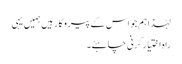
لہٰذا ہم جو اس کے پیروکار ہیں ہمیں یہی
راہ اختیار کرنی چاہئے۔